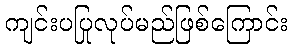
ကျင်းပပြုလုပ်မည်ဖြစ်ကြောင်း